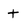
Character: t